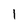
Character: 1